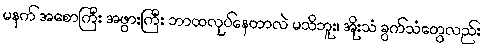
မနက် အစောကြီး အဖွားကြီး ဘာထလုပ်နေတာလဲ မသိဘူး၊ အိုးသံ ခွက်သံတွေလည်း